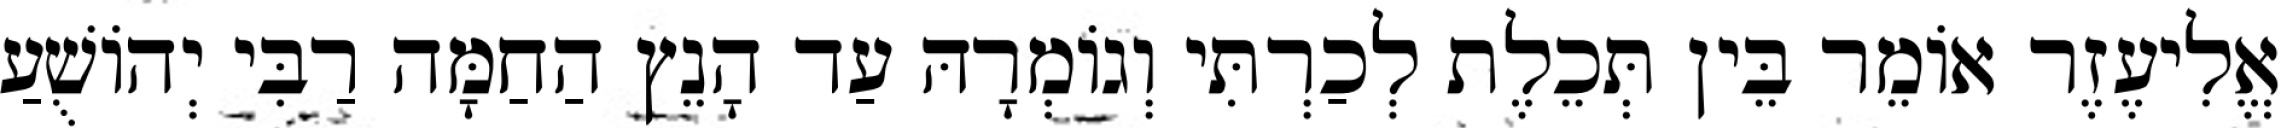
אֱלִיעֶזֶר אוֹמֵר בֵּין תְּכֵלֶת לְכַרְתִּי וְגוֹמְרָהּ עַד הָנֵץ הַחַמָּה רַבִּי יְהוֹשֻׁעַ